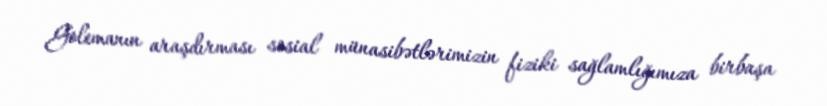
Golemanın araşdırması sosial münasibətlərimizin fiziki sağlamlığımıza birbaşa